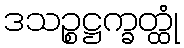
ဒသဉ္စဋ္ဌက္ခတ္ထုံ